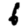
Digit: 6